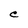
Character: C